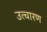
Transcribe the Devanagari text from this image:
उत्चारण